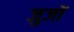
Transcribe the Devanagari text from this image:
जुजों